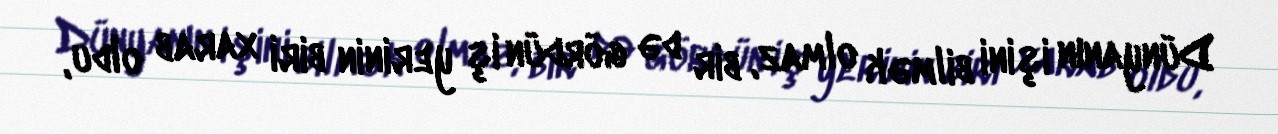
Dünyanın işini bilmək olmaz, bir də gördün iş yerinin biri xarab oldu,